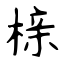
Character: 榇